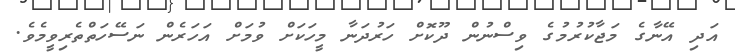
އަދި އޭނާގެ މަޖާކުރުމުގެ ވިސްނުން ދޫކޮށް ހަރުދަނާ މީހަކަށް ވުމަށް އަހަރެން ނަސޭހަތްތެރިވީމެވެ.